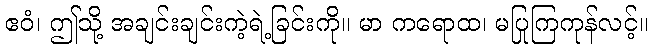
ဧဝံ၊ ဤသို့ အချင်းချင်းကဲ့ရဲ့ခြင်းကို။ မာ ကရောထ၊ မပြုကြကုန်လင့်။